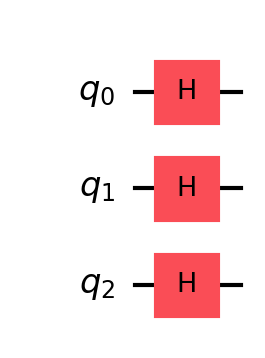
Description: Amplitude encoding: uniform 3-qubit superposition
描述: 振幅编码：均匀3量子比特叠加
Category: classical_algorithms (difficulty: advanced)
Qubits: 3, circuit depth: 1

Braket implementation:
from braket.circuits import Circuit
circuit = Circuit().h(0).h(1).h(2)